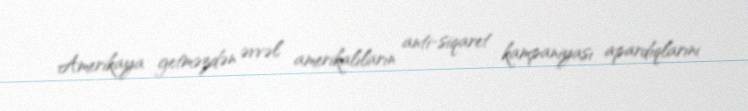
Amerikaya getməzdən əvvəl amerikalıların anti-siqaret kampaniyası apardıqlarını